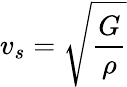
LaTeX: v_{s}={\sqrt{\frac{G}{\rho}}}